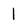
Character: 1